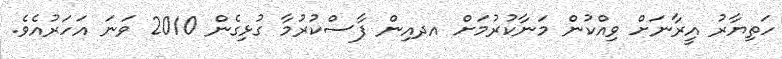
ހަތިޔާރު އީރާނަށް ވިއްކުން މަނާކުރުމަށް އދއިން ފާސްކުރުމާ ގުޅިގެން 2010 ވަނަ އަހަރުއެވެ.